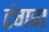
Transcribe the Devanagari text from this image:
टंगवा